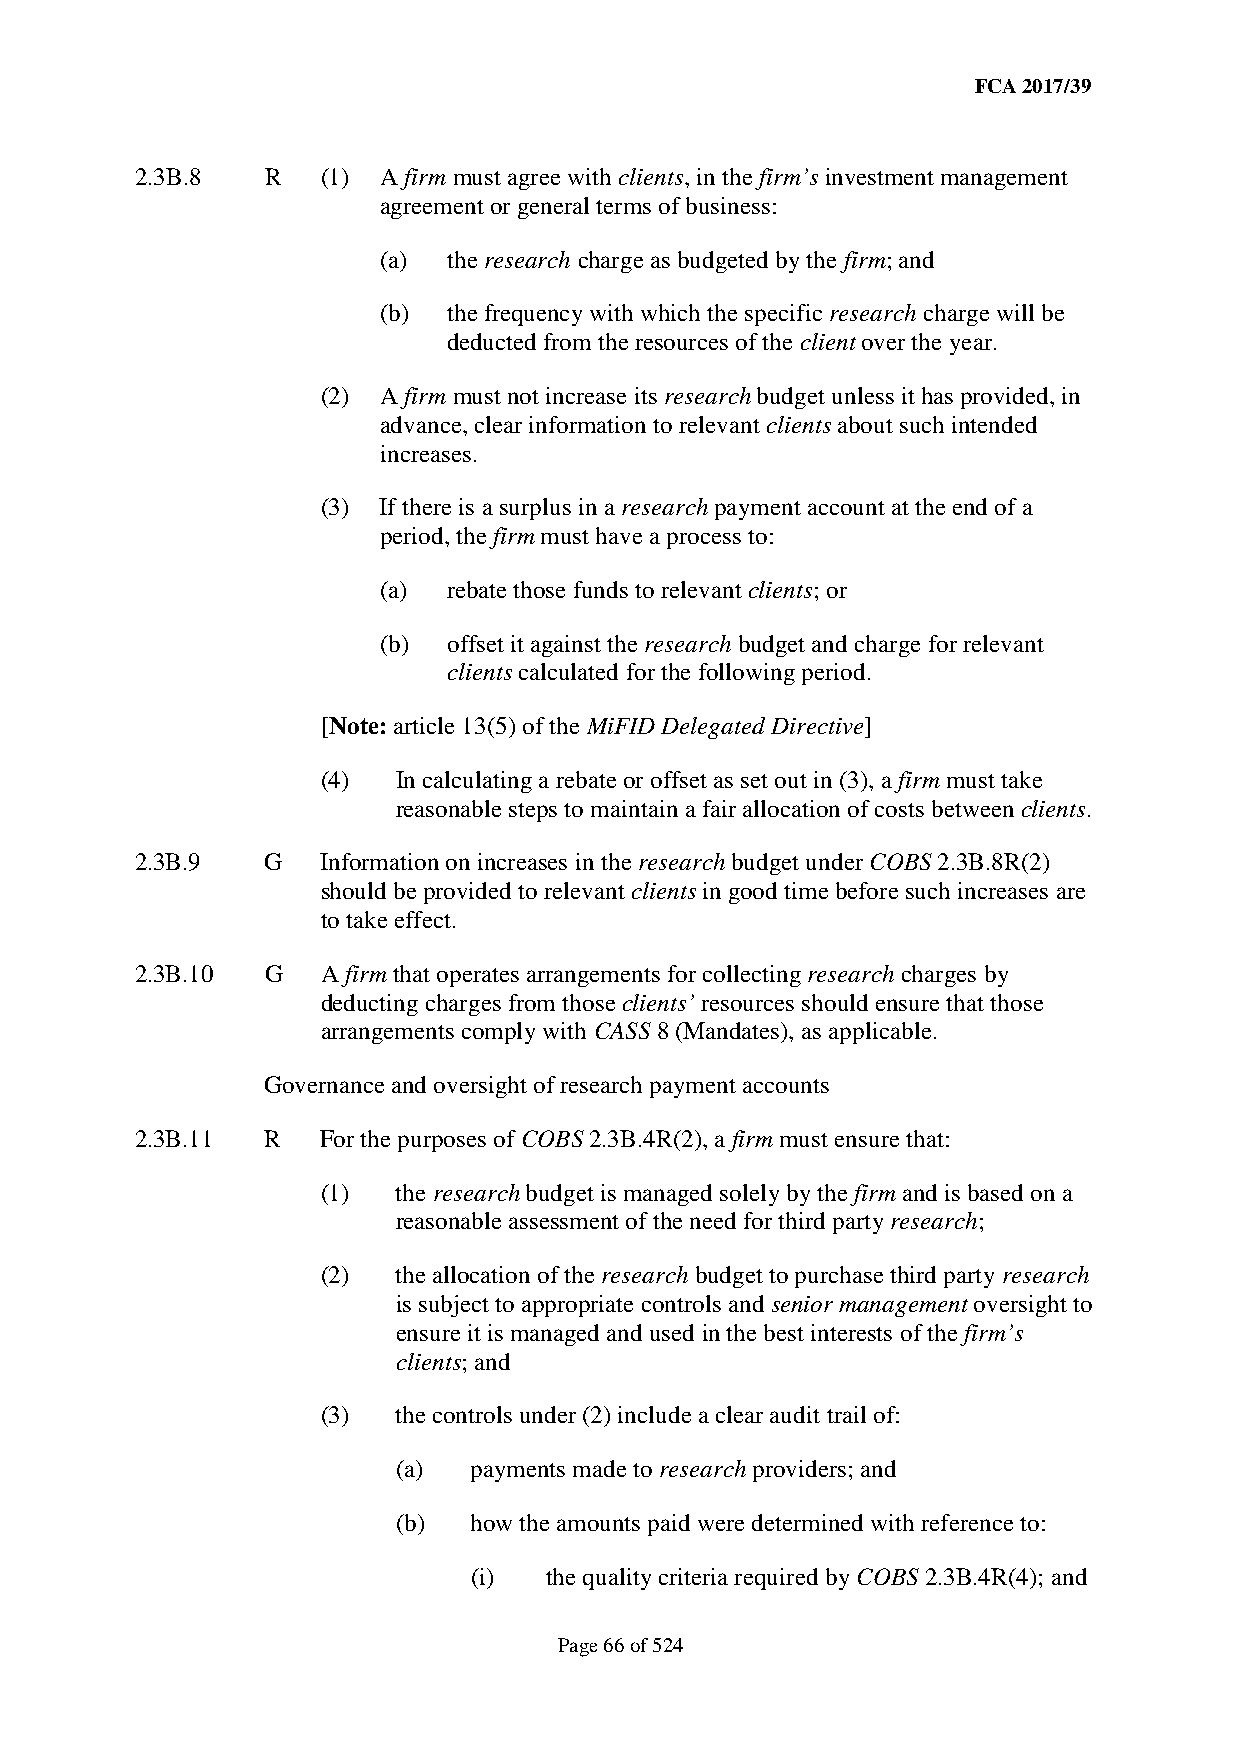
FCA 2017/39
 2.3B.8   R  (1) A firm must agree with clients, in the firm’s investment management
 agreement or general terms of business:
 (a)  the research charge as budgeted by the firm; and
 (b)  the frequency with which the specific research charge will be
 deducted from the resources of the client over the year.
 (2) A firm must not increase its research budget unless it has provided, in
 advance, clear information to relevant clients about such intended
 increases.
 (3) If there is a surplus in a research payment account at the end of a
 period, the firm must have a process to:
 (a)  rebate those funds to relevant clients; or
 (b)  offset it against the research budget and charge for relevant
 clients calculated for the following period.
 [Note: article 13(5) of the MiFID Delegated Directive]
 (4)  In calculating a rebate or offset as set out in (3), a firm must take
 reasonable steps to maintain a fair allocation of costs between clients.
 2.3B.9   G  Information on increases in the research budget under COBS 2.3B.8R(2)
 should be provided to relevant clients in good time before such increases are
 to take effect.
 2.3B.10  G  A firm that operates arrangements for collecting research charges by
 deducting charges from those clients’ resources should ensure that those
 arrangements comply with CASS 8 (Mandates), as applicable.
 Governance and oversight of research payment accounts
 2.3B.11  R  For the purposes of COBS 2.3B.4R(2), a firm must ensure that:
 (1)  the research budget is managed solely by the firm and is based on a
 reasonable assessment of the need for third party research;
 (2)  the allocation of the research budget to purchase third party research
 is subject to appropriate controls and senior management oversight to
 ensure it is managed and used in the best interests of the firm’s
 clients; and
 (3)  the controls under (2) include a clear audit trail of:
 (a)  payments made to research providers; and
 (b)  how the amounts paid were determined with reference to:
 (i)  the quality criteria required by COBS 2.3B.4R(4); and
 Page 66 of 524